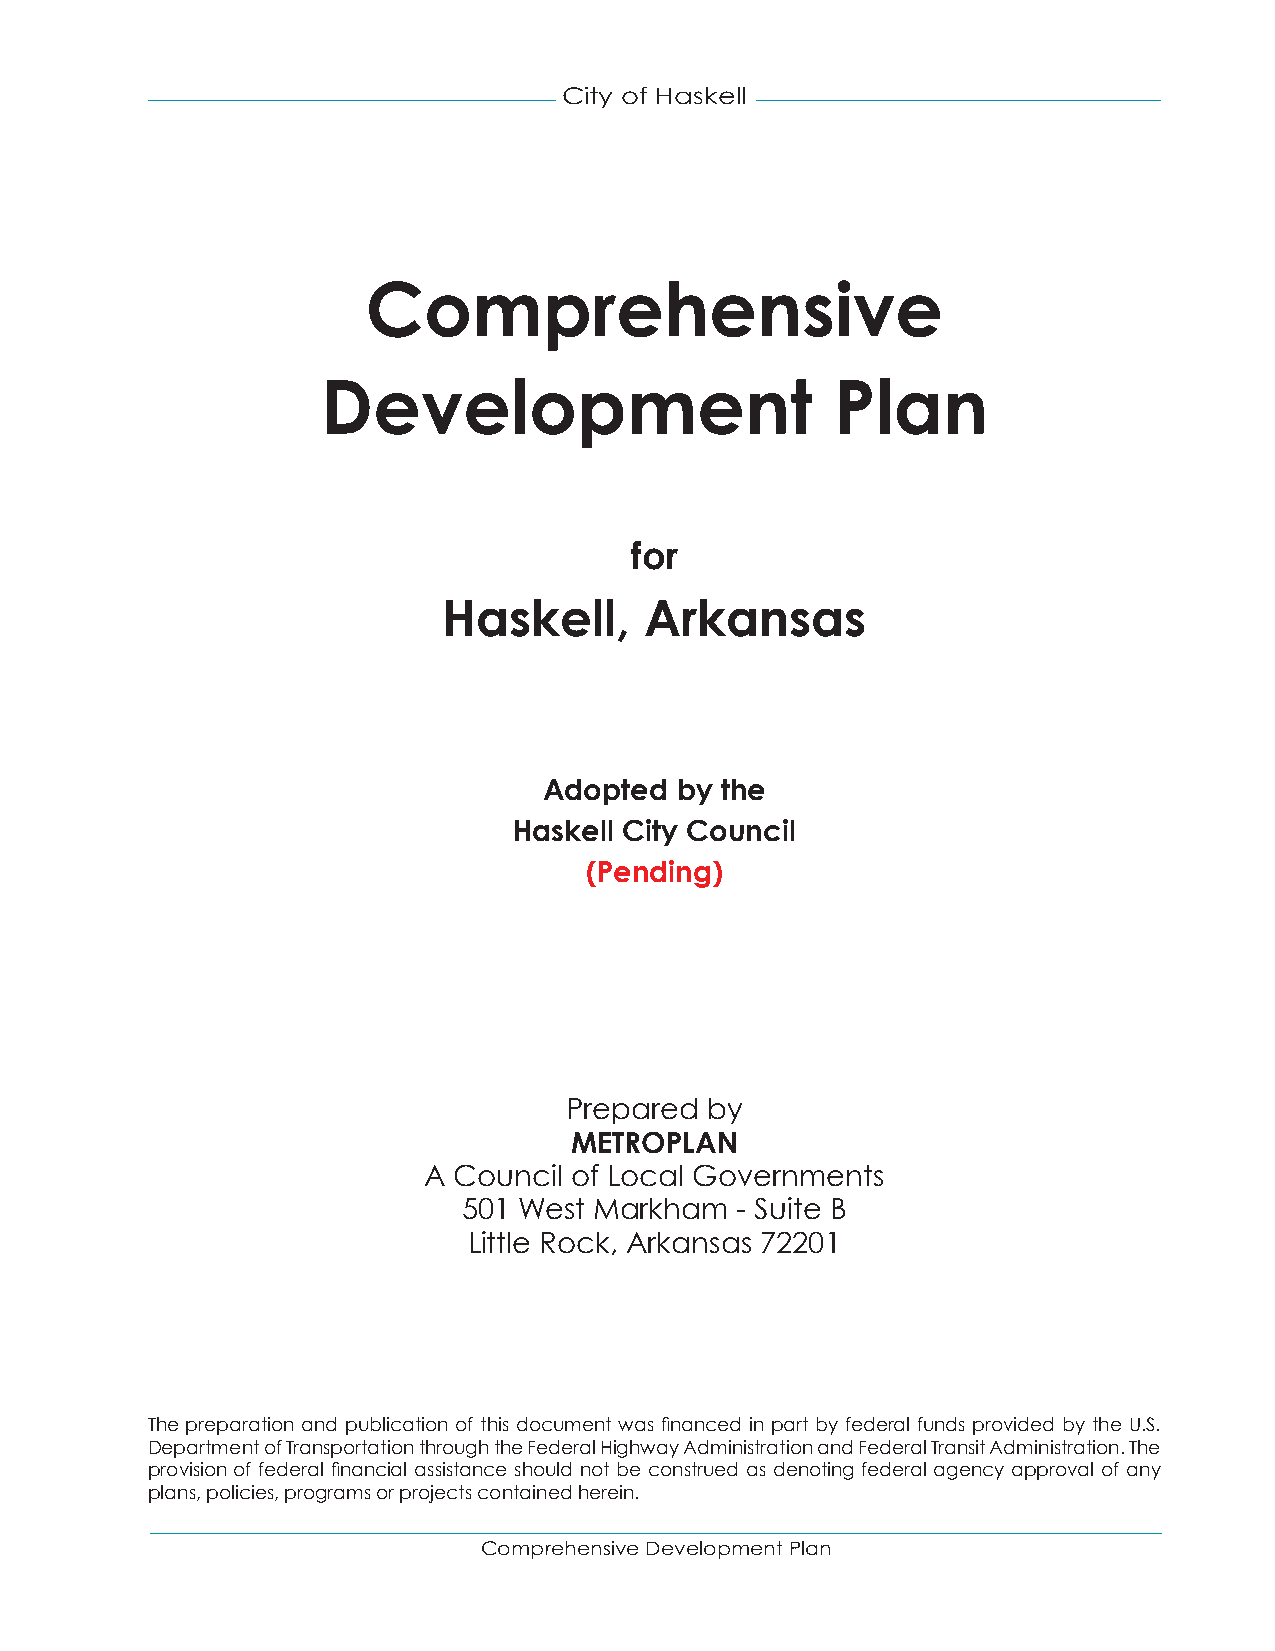
City of Haskell
 Comprehensive
 Development                       Plan
 for
 Haskell,      Arkansas
 Adopted  by the
 Haskell City Council
 (Pending)
 Prepared by
 METROPLAN
 A Council of Local Governments
 501 West Markham  - Suite B
 Little Rock, Arkansas 72201
 The preparation and publication of this document was financed in part by federal funds provided by the U.S.
 Department of Transportation through the Federal Highway Administration and Federal Transit Administration. The
 provision of federal financial assistance should not be construed as denoting federal agency approval of any
 plans, policies, programs or projects contained herein.
 Comprehensive Development Plan